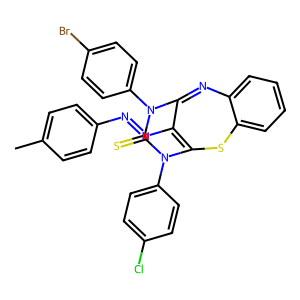
SMILES: Cc1ccc(N=NC2=C3Sc4ccccc4N=C2N(c2ccc(Br)cc2)C(=S)N3c2ccc(Cl)cc2)cc1
Inhibits HIV replication: No